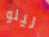
ليلو